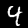
Digit: 4